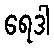
ရေဒါ